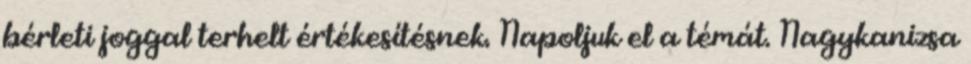
bérleti joggal terhelt értékesítésnek. Napoljuk el a témát. Nagykanizsa